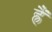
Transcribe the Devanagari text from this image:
ह्रैं